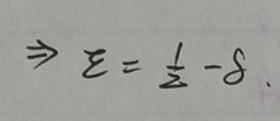
\[
\Rightarrow \xi=\frac{1}{z}-\delta
\]